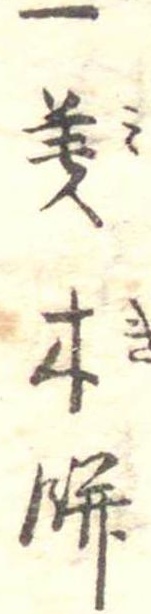
一美木餅